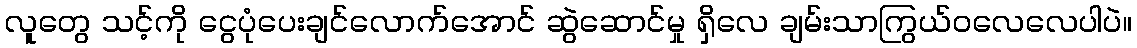
လူတွေ သင့်ကို ငွေပုံပေးချင်လောက်အောင် ဆွဲဆောင်မှု ရှိလေ ချမ်းသာကြွယ်ဝလေလေပါပဲ။